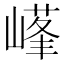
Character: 𡻹